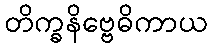
တိက္ခနိဗ္ဗေဓိကာယ